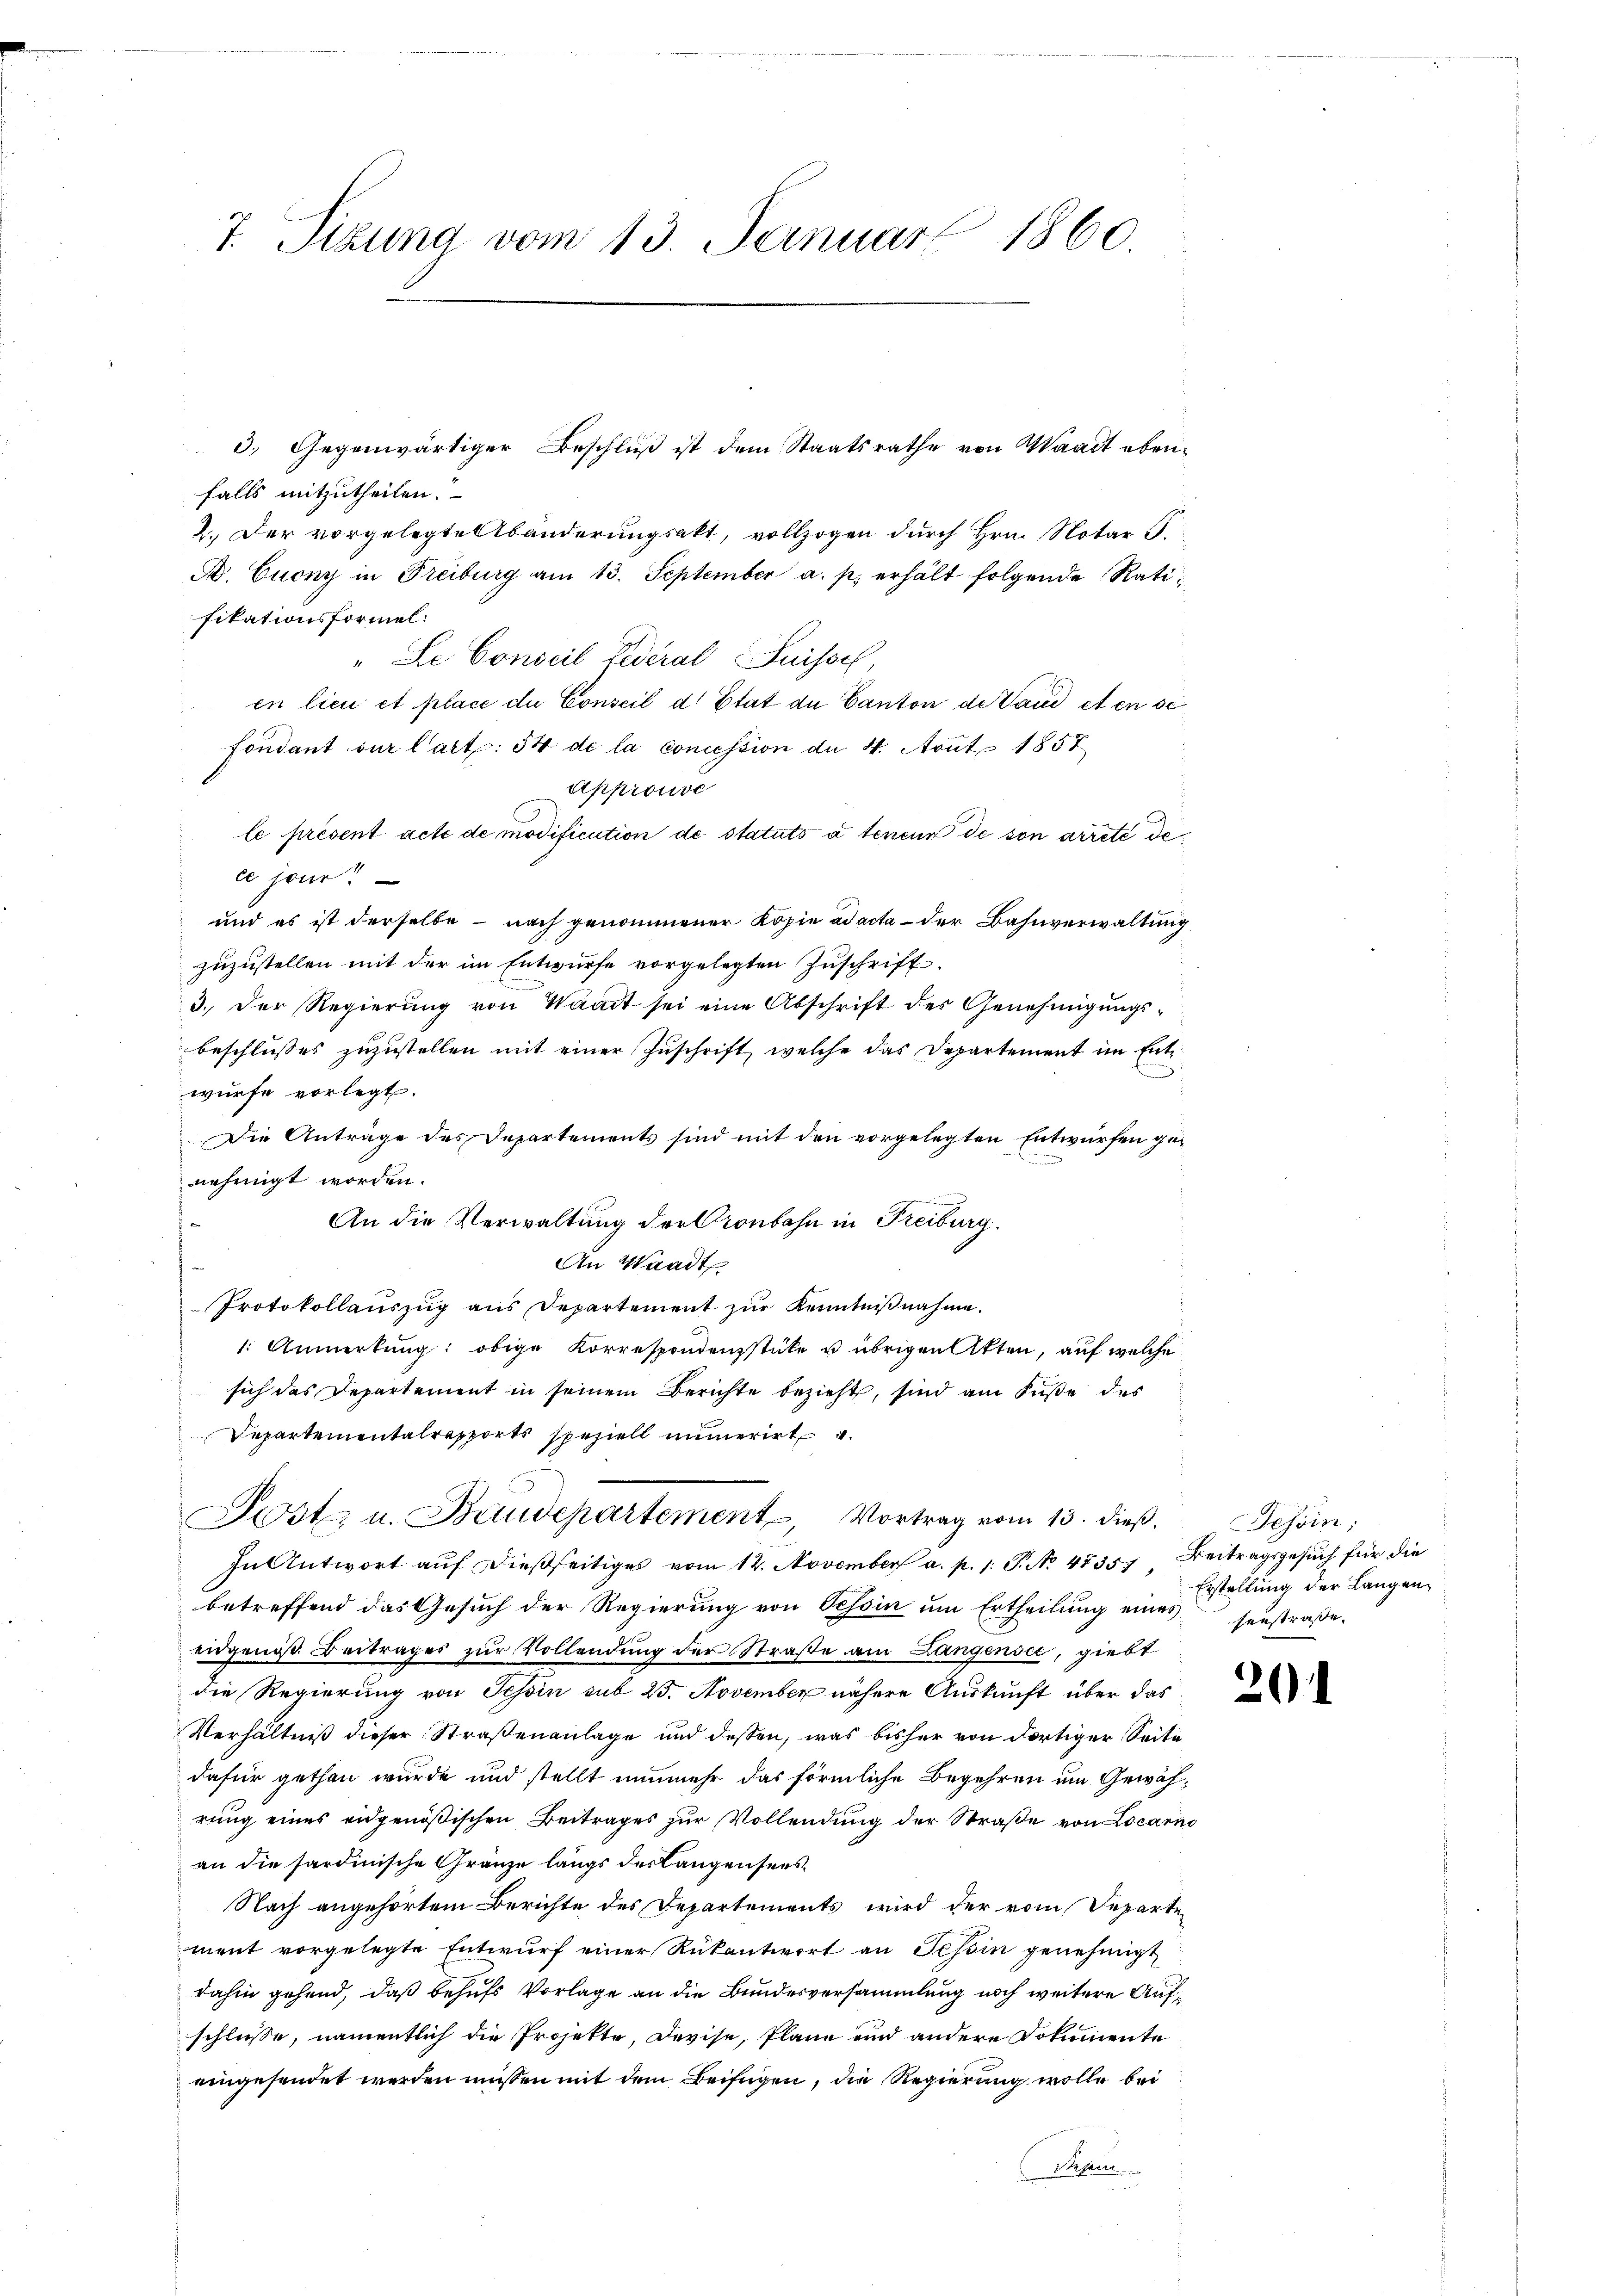
7. Sizung vom 13. Fernuar 1860

3.) Gegenwärtiger Beschluß ist dem Staatsrathe von Waadt ebenfalls mitzutheilen.
2.) Der vorgelegte Abänderungsakt, vollzogen durch Hrn. Notar S.
A. Cuony in Freiburg am 13. September a. p. erhält folgende Ratifikationsformel.
"Le Conseil Federal Suisse
in lieu et place du Conseil d. Etat de Canton de Land et en se
Fondant der Cart: 54 de la concession de 4. Aout 1857
Approuve
le présent acte de modification de statuts à teneur de son arrete de
ce jur.
und es ist derselbe - nach genommener Kopie ad acta - der Bahnverwaltung
zuzustellen mit der im Entwurfe vorgelegten Zuschrift
3.) Der Regierung von Waadt sei eine Abschrift des Genehmigungsbeschlusses zuzustellen mit einer Zuschrift, welche das Departement im Entwürfe vorlegt.
Die Anträge des Departements sind mit den vorgelegten Entwürfen genehmigt worden.
An die Verwaltung der Cronbahn in Freiburg.
An Waadt
Protokollauszug aus Departement zur Kenntnißnahme.
1. Anmerkŭng obige Korrespondenzstücke u übrigen Akten, auf welche
sich das Departement in seinem Berichte bezieht, sind am Fuße des
Departementalreports speziell numerirt
Post u. Baudepartement, Vortrag vom 13. dieß.
In Antwort aŭf dießseitiges vom 12. November a. p. 1. P. No 4835. Beitragsgesuch für die
betreffend das Gesuch der Regierung von Tessin um Ertheilung eines seestraße.
eugeniß. Beitrages zur Vollendung der Straße am Langensee, giebt
die Regierung von Schin sub 25. November nähere Auskunft über das
Verhältniß dieser Straßenanlage und dessen, was bisher von dortiger Seite
dafür gethan wurde und stellt nunmehr das förmliche Begehren um Gewährung eines eidgenößischen Beitrages zur Vollendung der Straße von Locarno
an die sardinische Gränze längs des Langensers
Nach angehörtem Berichte des Departements wird der vom Separten
ment vorgelegte Entwurf einer Rükantiert an Tessin genehmigt
dahin gehend, daß behufs Vorlage an die Bundesversammlung noch weitere Aufschluße, namentlich die Projekte, Devise, Plane und andere Dokumente
eingesendet werden müssen mit dem Beifügen, die Regierung wolle bei
Diesen

Jesöin;
Erstellung der Langen

20